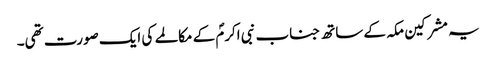
یہ مشرکین مکہ کے ساتھ جناب نبی اکرمؐ کے مکالمے کی ایک صورت تھی۔